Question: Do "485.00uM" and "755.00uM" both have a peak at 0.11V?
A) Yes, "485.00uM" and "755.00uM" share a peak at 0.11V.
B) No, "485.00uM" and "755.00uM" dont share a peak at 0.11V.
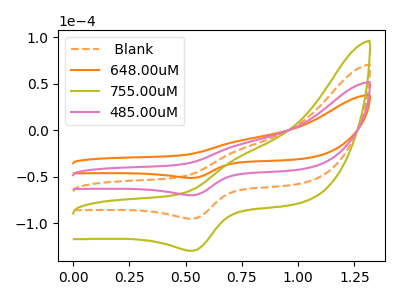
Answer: <think>The orange dashed curve " Blank" has an anodic peak at (0.75V, -31.60uA) and a cathodic peak at (0.55V, -139.65uA). The orange curve "648.00uM" has an anodic peak at (0.75V, -11.60uA) and a cathodic peak at (0.55V, -51.25uA). The olive curve "755.00uM" has an anodic peak at (0.75V, -47.45uA) and a cathodic peak at (0.55V, -209.50uA). The pink curve "485.00uM" has an anodic peak at (0.75V, -15.80uA) and a cathodic peak at (0.55V, -69.85uA).</think>
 <answer>B) No, "485.00uM" and "755.00uM" dont share a peak at 0.11V.</answer>
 <eval>B</eval>